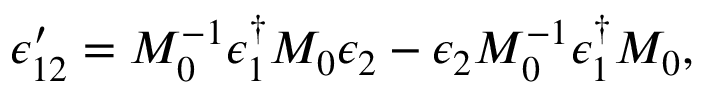
\epsilon _ { 1 2 } ^ { \prime } = M _ { 0 } ^ { - 1 } \epsilon _ { 1 } ^ { \dagger } M _ { 0 } \epsilon _ { 2 } - \epsilon _ { 2 } M _ { 0 } ^ { - 1 } \epsilon _ { 1 } ^ { \dagger } M _ { 0 } ,